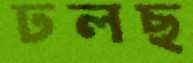
ঢলছ